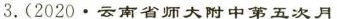
3.(2020·云南省师大附中第五次月